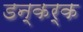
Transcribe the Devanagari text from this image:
डन्कर्क